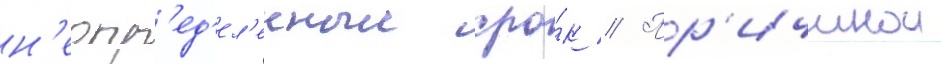
н'еопр'ед'ел'енныи сро́к // Пр'ичинои